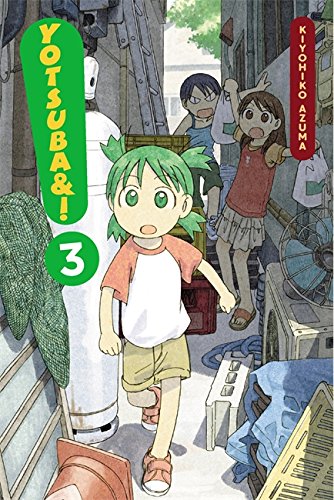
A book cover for Yotsuba&!, Vol. 3; Children's Books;